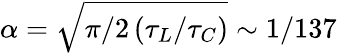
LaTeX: \alpha=\sqrt{\pi/2\left(\tau_{L}/\tau_{C}\right)}\sim 1/137